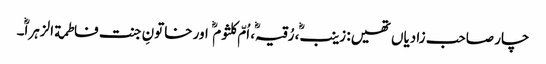
چار صاحب زادیاں تھیں: زینب، رُقیہ، اُمّ کلثوم اور خاتونِ جنت فاطمة الزہرا۔